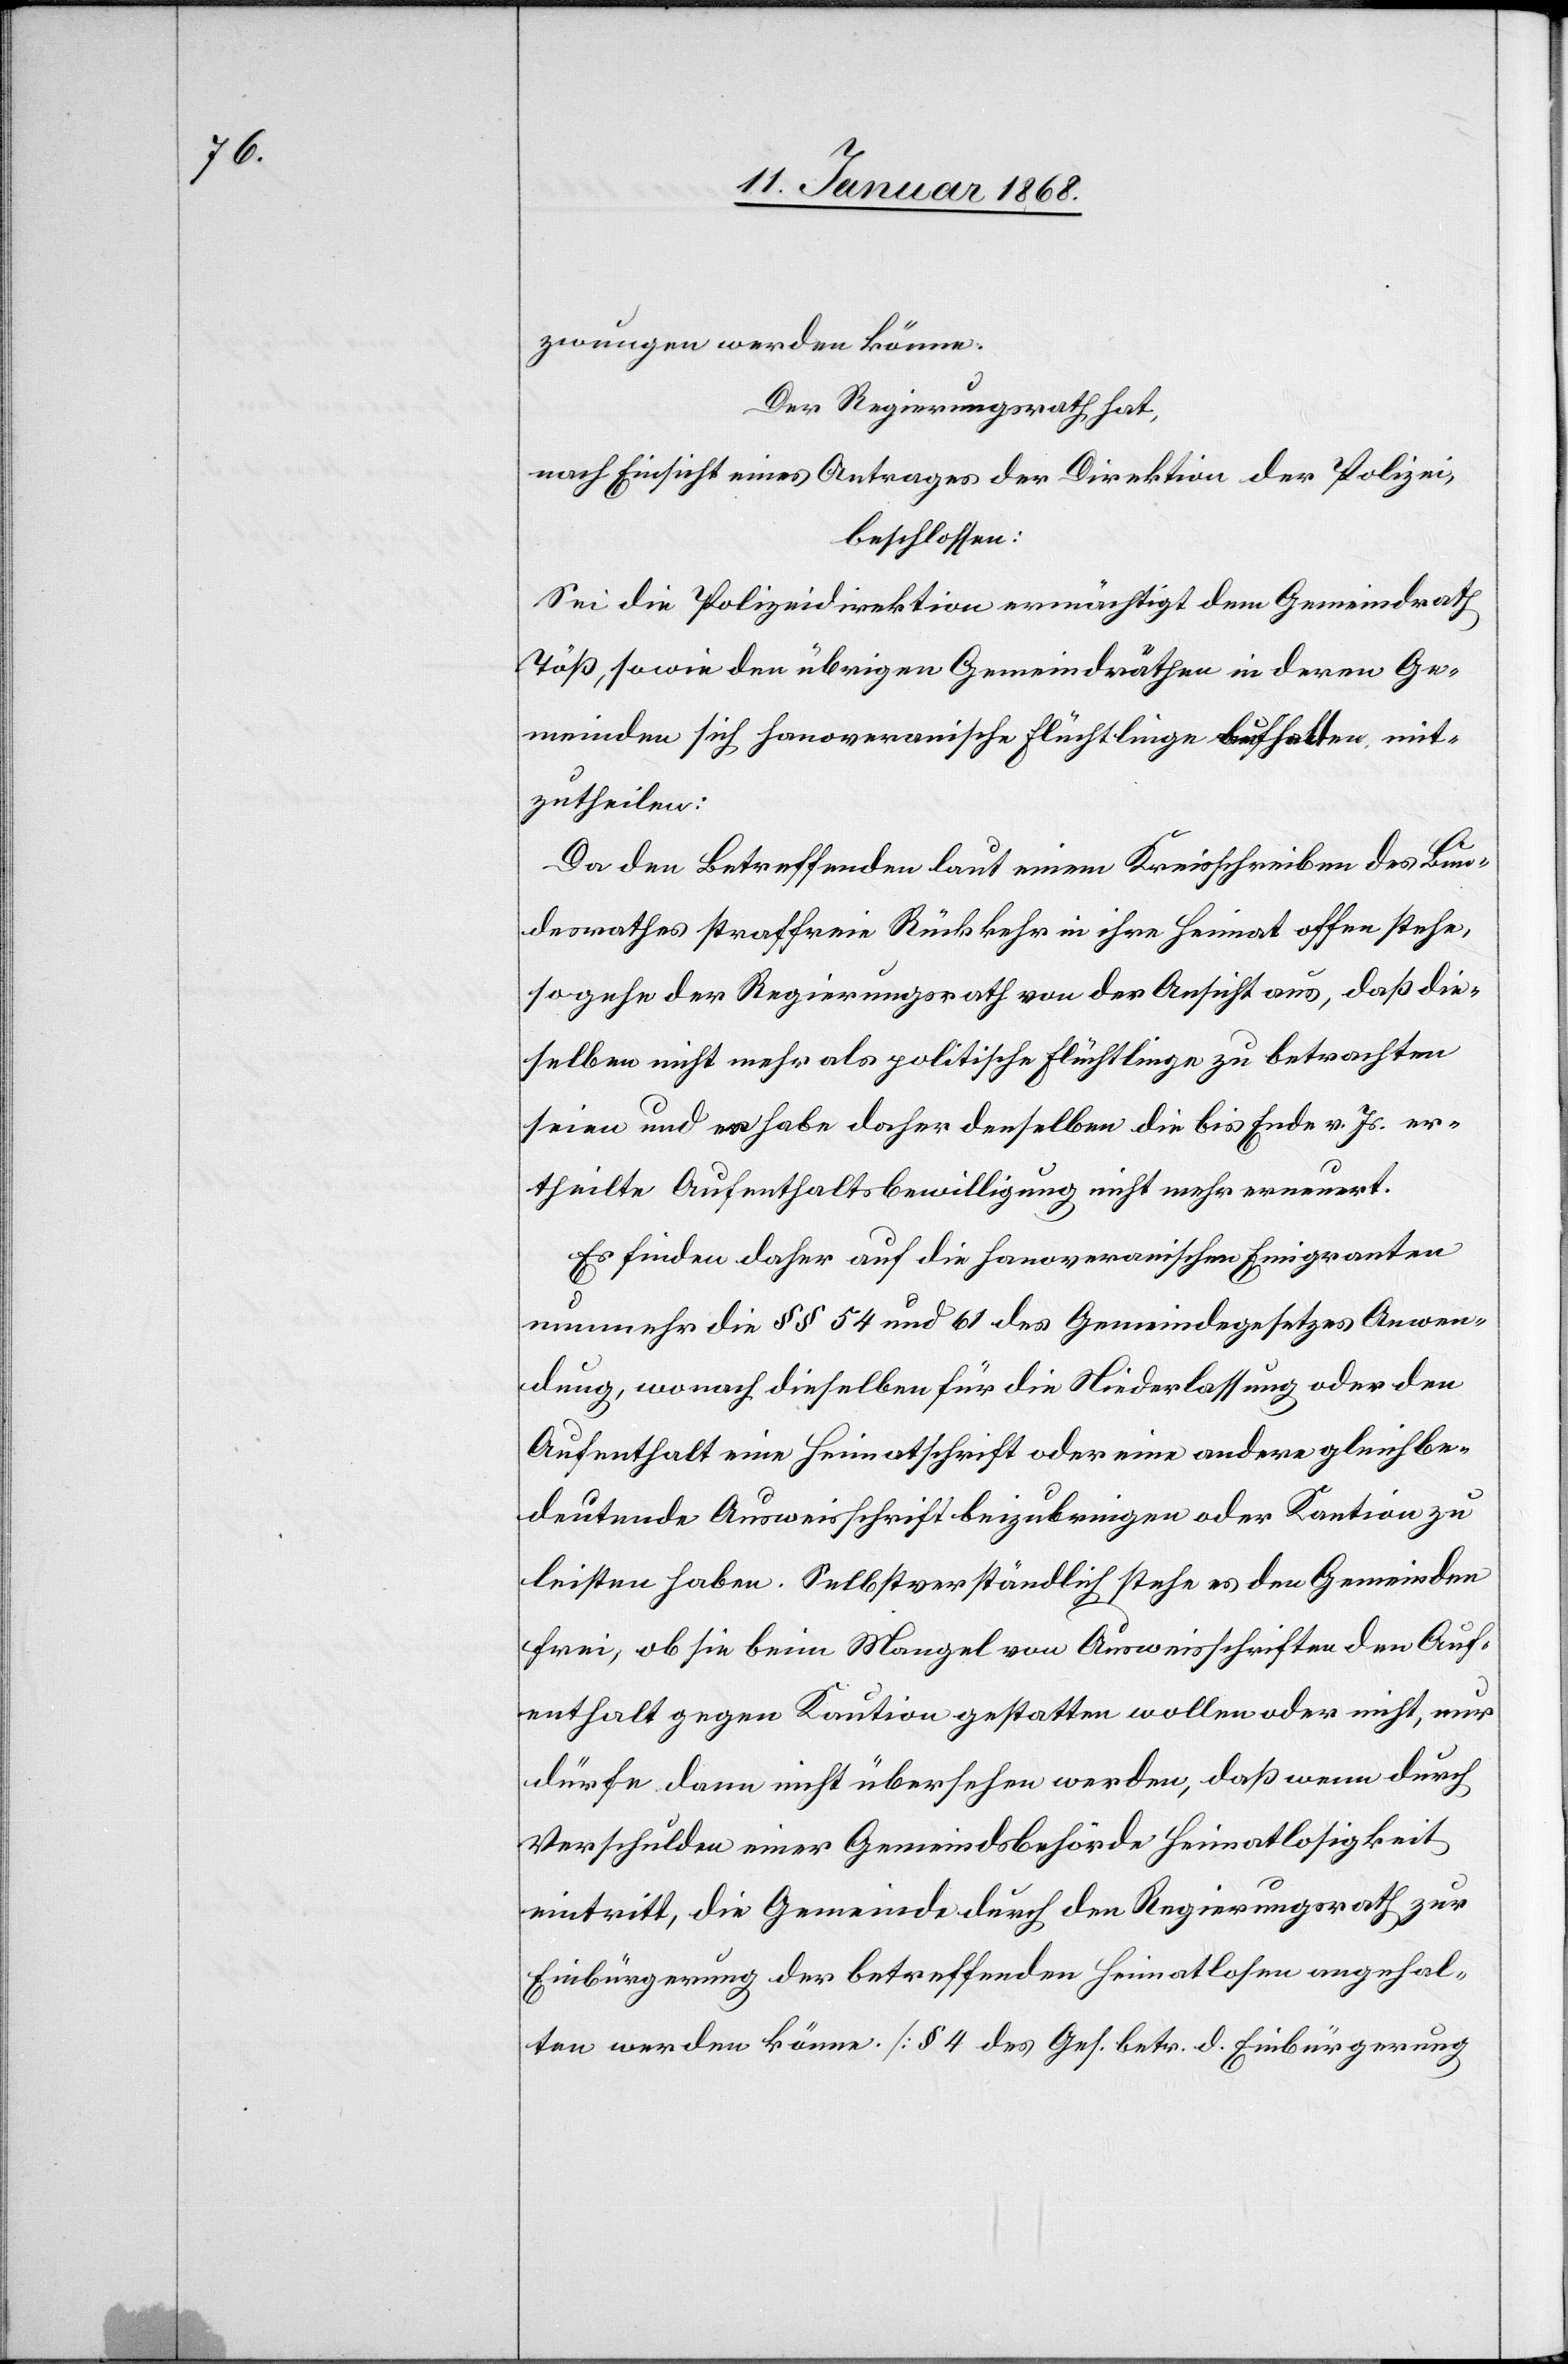
zwungen werden könne.
Der Regierungsrath hat,
nach Einsicht eines Antrages der Direktion der Polizei,
beschlossen:
Sei die Polizeidirektion ermächtigt dem Gemeindrath
Töß, sowie den übrigen Gemeindräthen in deren Ge¬
meinden sich hanoveranische Flüchtlinge aufhalten, mit¬
zutheilen:
Da den Betreffenden laut einem Kreisschreiben des Bun¬
desrathes straffreie Rückkehr in ihre Heimat offen stehe,
so gehe der Regierungsrath von der Ansicht aus, daß die¬
selben nicht mehr als politische Flüchtlinge zu betrachten
seien und er habe daher denselben die bis Ende v. Js. er¬
theilte Aufenthaltsbewilligung nicht mehr erneuert.
Es finden daher auf die hanoveranischen Emigranten
nunmehr die §§ 54 und 61 des Gemeindegesetzes Anwen¬
dung, wonach dieselben für die Niederlassung oder den
Aufenthalt eine Heimatschrift oder eine andere gleichbe¬
deutende Ausweisschrift beizubringen oder Kaution zu
leisten haben. Selbstverständlich stehe es den Gemeinden
frei, ob sie beim Mangel von Ausweisschriften den Auf¬
enthalt gegen Kaution gestatten wollen oder nicht, nur
dürfe dann nicht übersehen werden, daß wenn durch
Verschulden einer Gemeindsbehörde Heimatlosigkeit
eintritt, die Gemeinde durch den Regierungsrath zur
Einbürgerung der betreffenden Heimatlosen angehal¬
ten werden könne. [§ 4 des Ges. betr. d. Einbürgerung